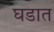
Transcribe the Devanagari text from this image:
घडात